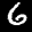
Label: 6